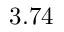
3 . 7 4